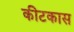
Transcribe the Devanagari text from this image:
कीटकास